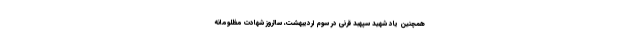
همچنین یاد شهید سپهبد قرنی در سوم اردیبهشت، سالروز شهادت مظلومانه